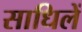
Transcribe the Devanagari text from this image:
साधिलें